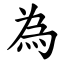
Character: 為